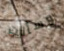
وسألت